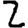
Digit: 2